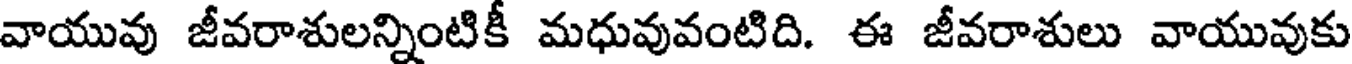
వాయువు జీవరాశులన్నింటికీ మధువువంటిది. ఈ జీవరాశులు వాయువుకు